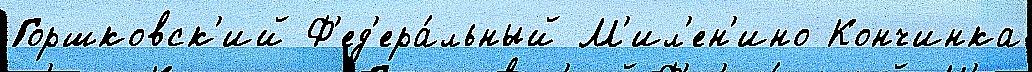
Горшковск'ий Ф'ед'ера́льный М'ил'ен'ино Кончинка